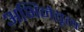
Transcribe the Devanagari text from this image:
अभिनेतृत्व